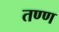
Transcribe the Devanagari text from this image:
तण्ण